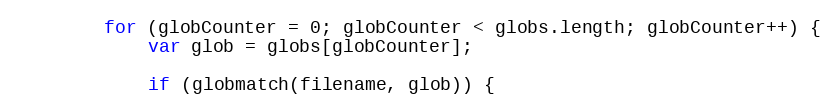
Language: JavaScript
        for (globCounter = 0; globCounter < globs.length; globCounter++) {
            var glob = globs[globCounter];

            if (globmatch(filename, glob)) {